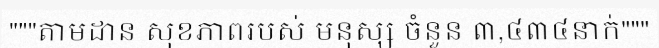
"""តាមដាន សុខភាពរបស់ មនុស្ស ចំនួន ៣,៤៣៤នាក់"""